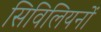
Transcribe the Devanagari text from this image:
सिविलियनों